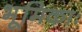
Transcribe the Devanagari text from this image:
भूमिकाः